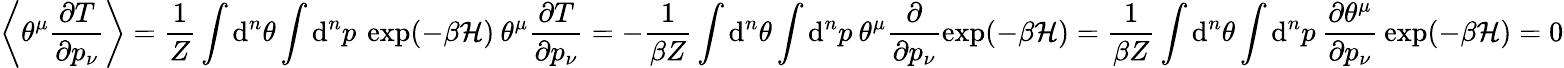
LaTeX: \left\langle\theta^{\mu}\frac{\partial T}{\partial p_{\nu}}\right\rangle=\frac{1}{Z}\int\mathrm{d}^{n}\theta\int\mathrm{d}^{n}p\: \exp(-\beta\mathcal{H})\: \theta^{\mu}\frac{\partial T}{\partial p_{\nu}}=-\frac{1}{\beta Z}\int\mathrm{d}^{n}\theta\int\mathrm{d}^{n}p\: \theta^{\mu}\frac{\partial}{\partial p_{\nu}}\exp(-\beta\mathcal{H})=\frac{1}{\beta Z}\int\mathrm{d}^{n}\theta\int\mathrm{d}^{n}p\: \frac{\partial\theta^{\mu}}{\partial p_{\nu}}\: \exp(-\beta\mathcal{H})=0